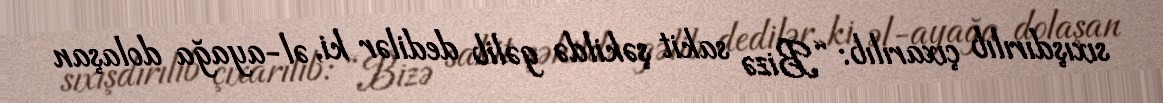
sıxışdırılıb çıxarılıb: “Bizə sakit şəkildə gəlib dedilər ki, əl-ayağa dolaşan